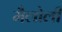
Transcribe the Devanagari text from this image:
मैलोली